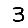
Digit: 3